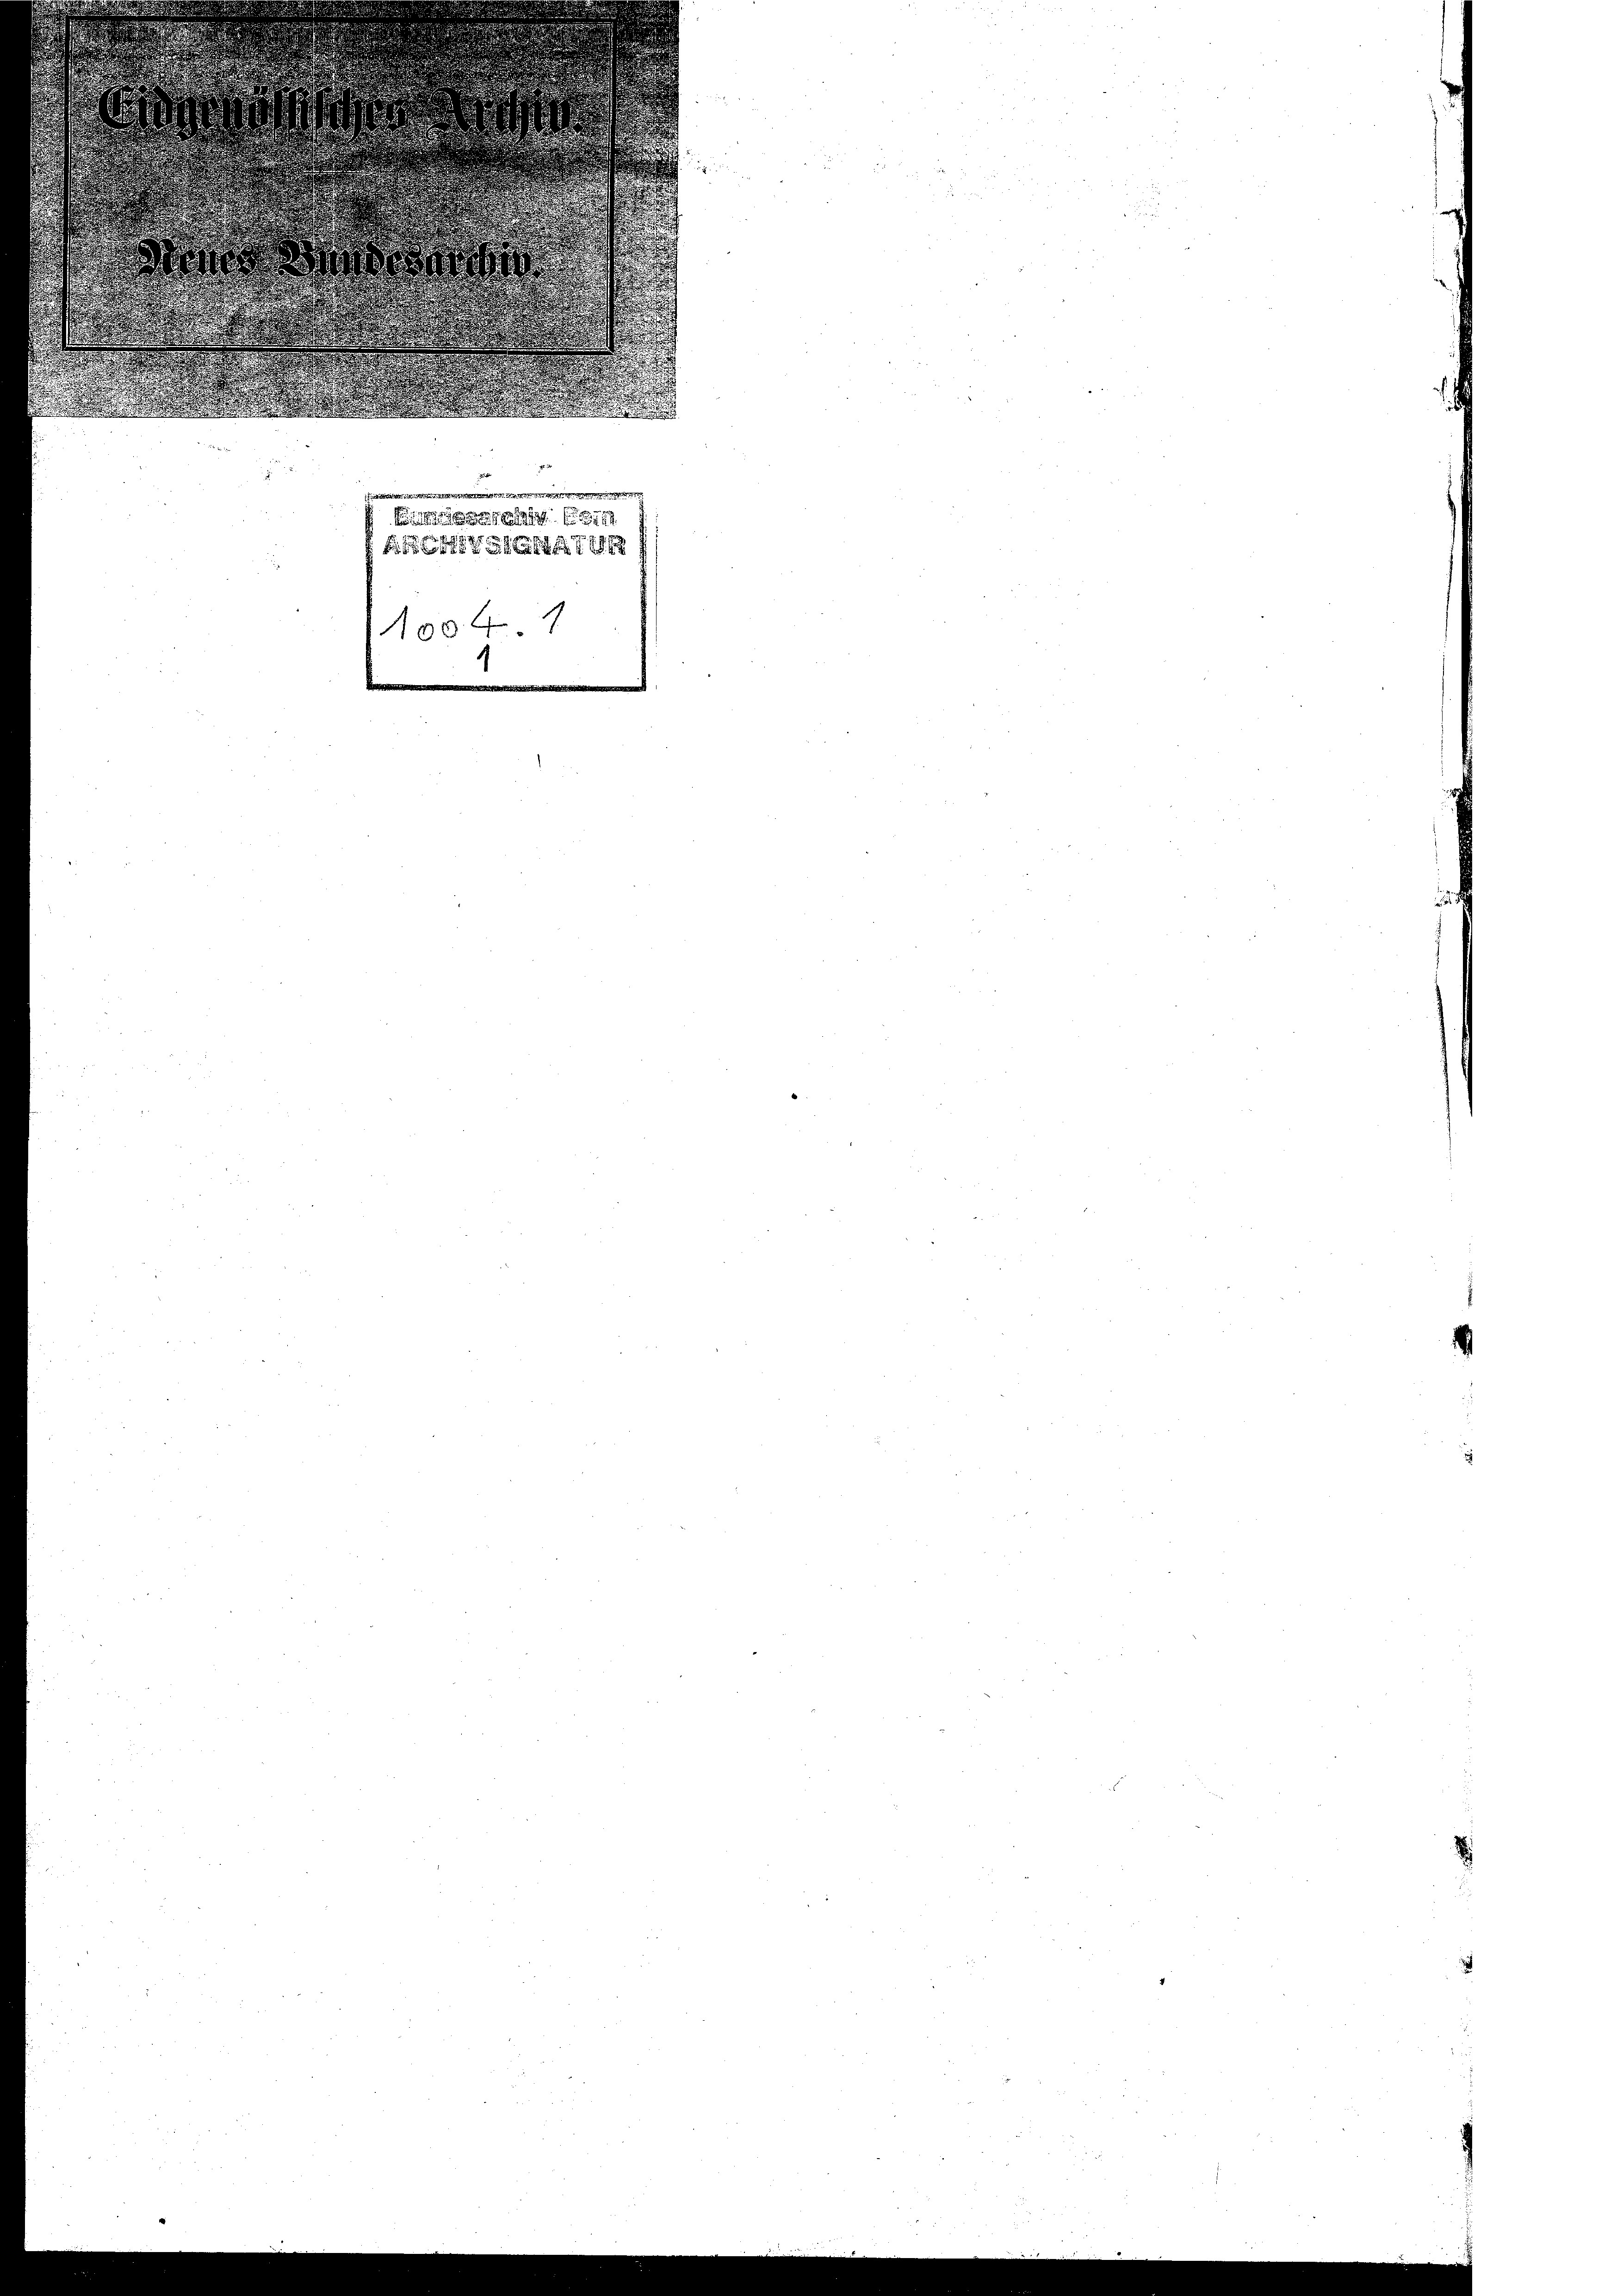
d
derartig
1854 f 1746
No 44